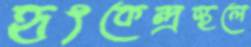
হৃৎকেন্দ্রস্থলে